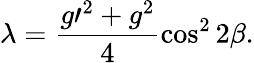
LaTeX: \lambda=\frac{g\prime^{2}+g^{2}}{4}\cos^{2}2\beta.